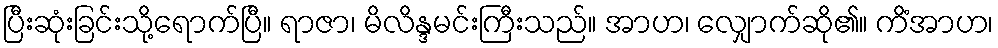
ပြီးဆုံးခြင်းသို့ရောက်ပြီ။ ရာဇာ၊ မိလိန္ဒမင်းကြီးသည်။ အာဟ၊ လျှောက်ဆို၏။ ကိံအာဟ၊